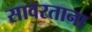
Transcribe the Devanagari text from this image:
सावरताना